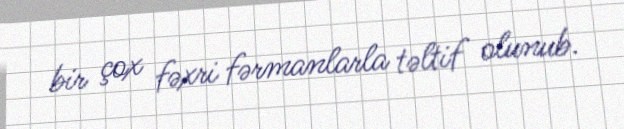
bir çox fəxri fərmanlarla təltif olunub.